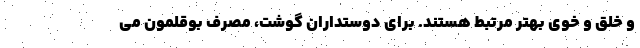
و خلق و خوی بهتر مرتبط هستند. برای دوستداران گوشت، مصرف بوقلمون می